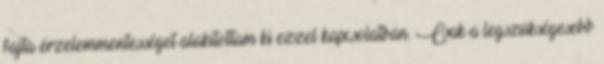
fajta érzelemmentességet alakítottam ki ezzel kapcsolatban. Csak a legszükségesebb